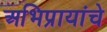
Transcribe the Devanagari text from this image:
अभिप्रायांचे